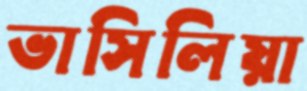
ভাসিলিয়া